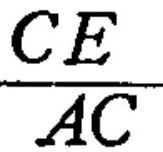
\(\frac{CE}{AC}\)